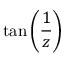
\tan \left( { \frac { 1 } { z } } \right)